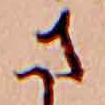
さ